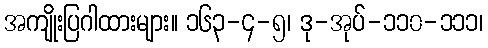
အကျိုးပြဂါထားများ။ ၁၆၃-၄-၅၊ ဒု-အုပ်-၁၁၀-၁၁၁၊